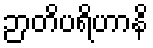
ဉာတိပရိဟာနိ